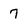
Character: 7